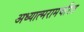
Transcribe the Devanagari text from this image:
अध्यात्मरामचरित